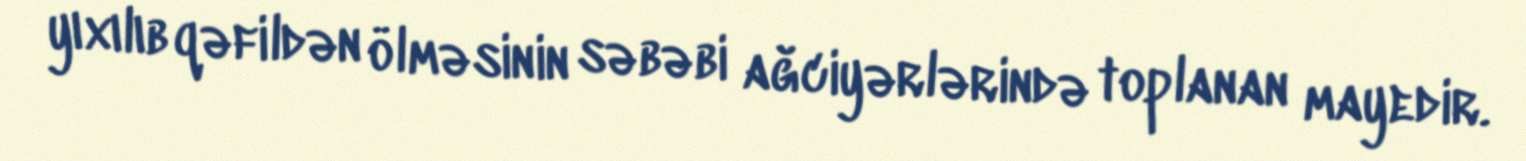
yıxılıb qəfildən ölməsinin səbəbi ağciyərlərində toplanan mayedir.